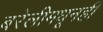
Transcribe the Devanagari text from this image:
बरेलीमधूनही